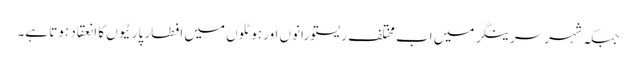
جبکہ شہر سرینگر میں اب مختلف ریستو رانوں اور ہوٹلوں میں افطار پارٹیوں کا انعقاد ہوتا ہے۔